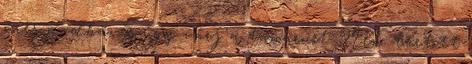
üres padba, és úgy várj a tanárnőt. Nem tartott